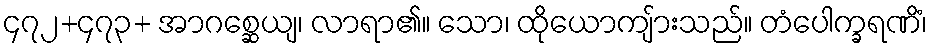
၄၇၂+၄၇၃+ အာဂစ္ဆေယျ၊ လာရာ၏။ သော၊ ထိုယောကျ်ားသည်။ တံပေါက္ခရဏိံ၊